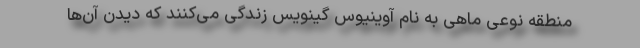
منطقه نوعی ماهی به نام آوینیوس گینویس زندگی می‌کنند که دیدن آن‌ها